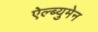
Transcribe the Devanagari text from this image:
ऐल्ब्युमेन